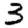
Digit: 3